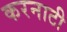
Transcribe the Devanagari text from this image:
करनाटी